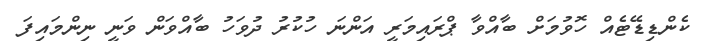
ކެންޑިޑޭޓެއް ހޮވުމަށް ބާއްވާ ޕްރައިމަރީ އަންނަ ހުކުރު ދުވަހު ބާއްވަން ވަނީ ނިންމައިފަ